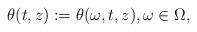
LaTeX: \begin{align*}\theta(t, z) := \theta(\omega, t, z), \omega\in\Omega,\end{align*}